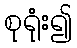
စုရုံး၍